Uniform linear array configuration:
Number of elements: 12
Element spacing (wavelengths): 1
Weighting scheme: binomial
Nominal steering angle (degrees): -15
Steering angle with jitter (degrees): -16.886
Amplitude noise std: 0.05
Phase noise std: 0.05

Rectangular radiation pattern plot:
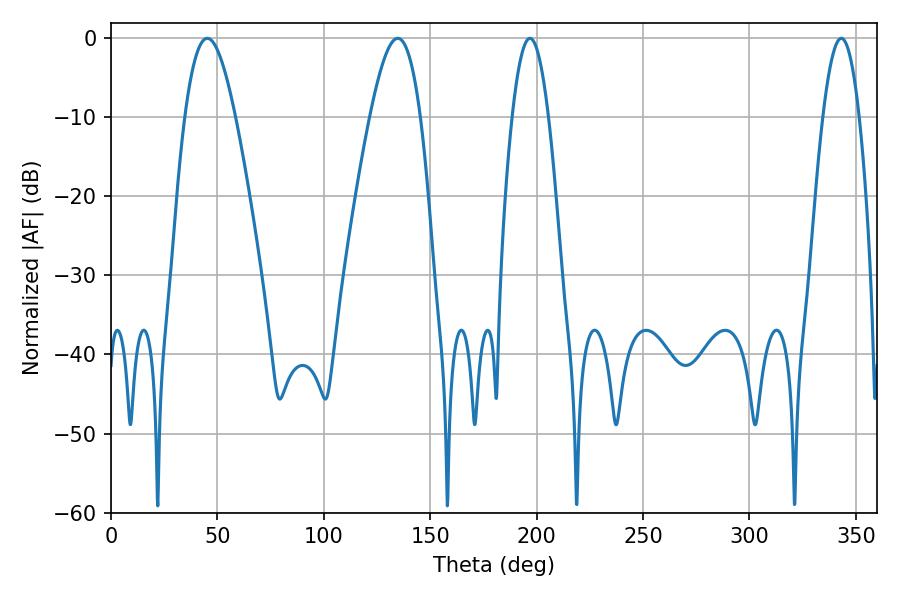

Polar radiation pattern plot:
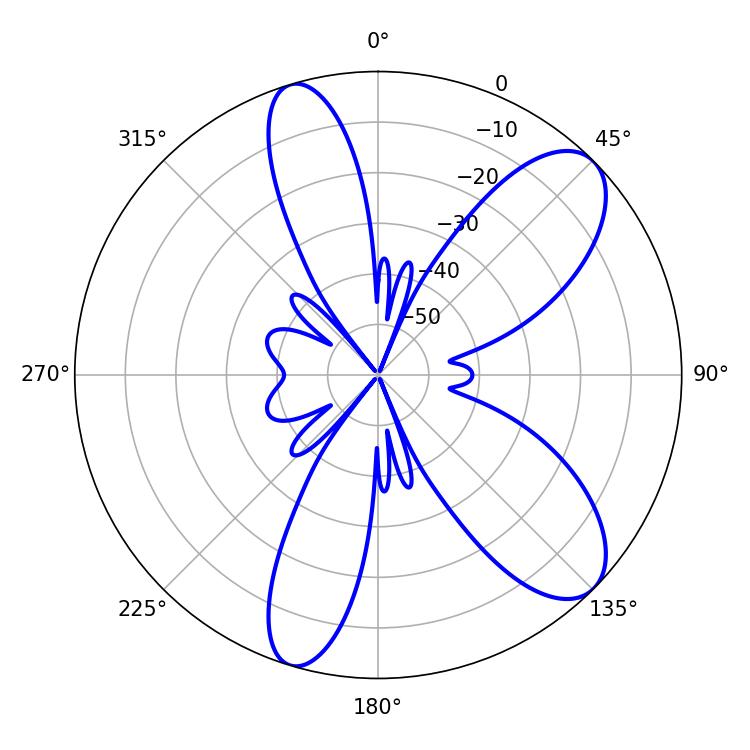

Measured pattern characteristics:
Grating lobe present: TRUE
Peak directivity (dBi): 9.099
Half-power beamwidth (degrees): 12.78
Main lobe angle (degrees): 45.18